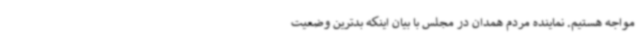
مواجه هستیم. نماینده مردم همدان در مجلس با بیان اینکه بدترین وضعیت